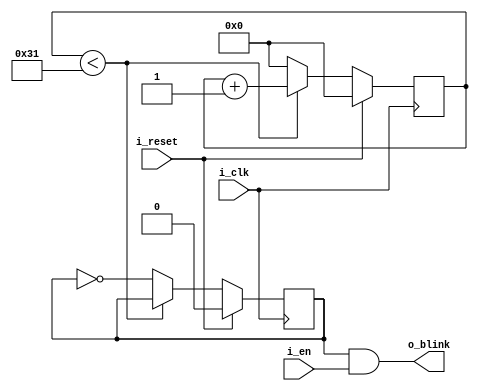
module LED_blinker(
    i_clk,
    i_en,
    i_reset,
    o_blink
);

    input i_clk;
    input i_en;
    input i_reset;

    output o_blink;

    reg [31:0] cnt;
    reg hz_out;

    parameter CLK_IN = 500;
    parameter FREQ_OUT = 5;
    localparam THRESHOLD = CLK_IN / (2*FREQ_OUT);

    always @ (posedge i_clk) begin
        if (i_reset) begin
            cnt <= 0;
            hz_out <= 0;
        end else begin
            if (cnt < THRESHOLD - 1) begin
                cnt <= cnt + 1;
            end else begin
                cnt <= 0;
                hz_out <= ~hz_out;
            end
        end
    end

    assign o_blink = hz_out & i_en;

endmodule